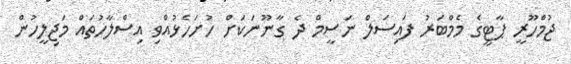
ޖުމްހޫރީ ޕާޓީގެ މެމްބަރު ފައިސަލް ނަސީމް ދެ ގާނޫނަކަށް ހުށަހެޅުއްވި އިސްލާހުތައް މަޖިލީހުން